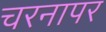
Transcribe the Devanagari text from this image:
चरनापर